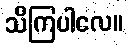
သိကြပါလေ။